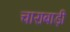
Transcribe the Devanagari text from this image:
चाराबाड़ी